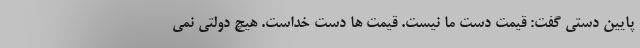
پایین دستی گفت: قیمت دست ما نیست. قیمت ها دست خداست. هیچ دولتی نمی